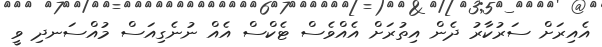
އެއިރަށް ސަރުކާރު ދެން އިތުރަށް އެެއްވެސް ޓެކްސް އެއް ނުނެގިއަސް މުއްސަނދި ވީ